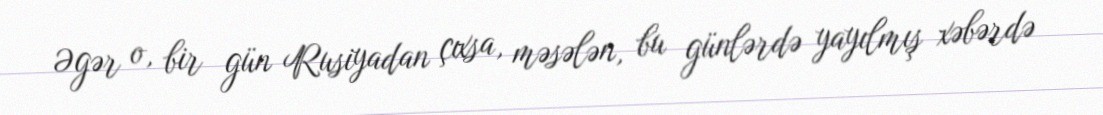
Əgər o, bir gün Rusiyadan çıxsa, məsələn, bu günlərdə yayılmış xəbərdə